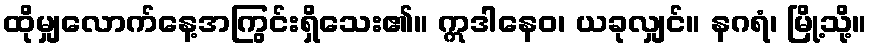
ထိုမျှလောက်နေ့အကြွင်းရှိသေး၏။ ဣဒါနေဝ၊ ယခုလျှင်။ နဂရံ၊ မြို့သို့။